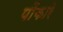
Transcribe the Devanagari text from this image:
पोंकारे